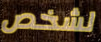
لشخص